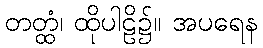
တတ္ထံ၊ ထိုပါဠိ၌။ အပရေန